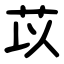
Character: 苡